Account of plague administration in the Bombay Presidency from September 1896 till May 1897
Year: 1896
Disease focus: Plague
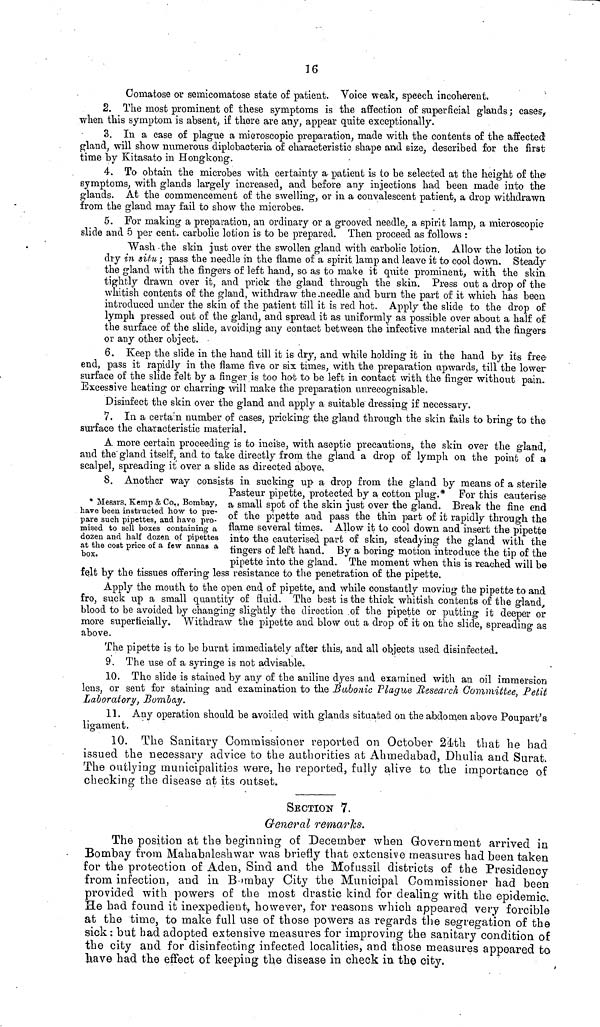
16
Comatose or semicomatose state of patient. Voice weak, speech, incoherent.
2. The most prominent of these symptoms is the affection of superficial glands ; cases
when this symptom is absent, if there are any, appear quite exceptionally.
3. In a case of plague a microscopic preparation, made with the contents of the- affectec
gland, will show numerous diplobacteria of characteristic shape and size, described for the firs
time by Kitasato in Hongkong.
4. To obtain the microbes with, certainty a patient is to be selected at the height of tin
symptoms, with glands largely increased, and before any injections had been made into th<
glands. At the commencement of the swelling, or in a convalescent patient, a drop withdraw]
from the gland may fail to show the microbes.
5. For making a preparation, an ordinary or a grooved needle, a spirit lamp, a microscopic
slide and 5 per cent, carbolic lotion is to be prepared. Then proceed as follows :
Wash -the skin just over the swollen gland with carbolic lotion. Allow the lotion t<
dry in situ ; pass the needle in the flame of a spirit lamp and leave it to cool down. Stead;
the gland with the fingers of left hand, so as to make it quite prominent, with the ski
tightly drawn over it, and prick the gland through the skin. Press out a drop of th
whitish contents of the gland, withdraw the .needle and burn the part of it which has bee)
introduced under the skin of the patient till it is red hot. Apply the slide to the drop o
lymph pressed out of the gland, and spread it as uniformly as possible over about a half o
the surface of the slide, avoiding any contact between the infective material and the finger
or any other object.
6. Keep the slide in the hand till it is dry, and while holding it in the hand by its fre
end, pass it rapidly in the flame five or six times, with the preparation upwards, till the lowe
surface of the slide felt by a finger is too hot to be left in contact with the finger without pair
Excessive heating or charring will make the preparation unrecognisable.
Disinfect the skin over the gland and apply a suitable dressing if necessary.
7. In a certain number of eases, pricking the gland through the skin fails to bring to th
surface the characteristic material.
A more certain proceeding is to incise, with aseptic precautions, the skin over the g-Iani
and the gland itself, and to take directly from the gland a drop of lymph on the point of
scalpel, spreading it over a slide as directed above.
* Messrs. Kemp & Co., Bombay,
have been instructed how to pre-
pare such pipettes, and have pro-
mised to sell boxes containing a
dozen and half dozen of pipettes
at the cost price of a few annas a
box·
8. Another way consists in sucking up a drop from the gland by means of a sterile
Pasteur pipette, protected by a cotton plug.* For this cauterise
a small spot of the skin just over the gland. Break the fine end
of the pipette and pass the thin part of it rapidly through the
flame several times. Allow it to cool down and insert the pipette
into the cauterised part of skin, steadying the gland with the
fingers of left hand. By a boring motion introduce the tip of the
pipette into the gland. The moment when this is reached will be
felt by the tissues offering less resistance to the penetration of the pipette.
Apply the mouth to the open end of pipette, and while constantly moving the pipette to and
fro, suck up a small quantity of fluid. The best is the thick whitish contents of the gland,
blood to be avoided by changing slightly the direction of the pipette or putting it deeper or
more superficially. Withdraw the pipette and blow out a drop of it on the slide, spreading as
above.
The pipette is to be burnt immediately after this, and all objects used disinfected.
9. The use of a syringe is not advisable.
10. The slide is stained by any of the aniline dyes ana examined with an oil immersion
lens, or sent for staining and examination to the Bubonic Plague ResearcJi Committee, Petit
Laboratory, Bombay.
11. Any operation should be avoided with glands situated on the abdomen above Poupart's
ligament.
10. The Sanitary Commissioner reported on October 24«th that he had
issued the necessary advice to the authorities at Ahmedabad, Dhulia and Surat.
The outlying municipalities were, he reported, fully alive to the importance of
checking the disease at its outset.
SECTION 7.
General remarks.
The position at the beginning of December when Government arrived in
Bombay from Mahabaleshwar was briefly that extensive measures bad been taken
for the protection of Aden, Sind and the Mofussil districts of the Presidency
from infection, and in Bombay City the Municipal Commissioner had been
provided with powers of the most drastic kind for dealing with the epidemic.
He bad found it inexpedient, however, for reasons which appeared very forcible
at the time, to make full use of those powers as regards the segregation of the
sick: but bad adopted extensive measures for improving the sanitary condition of
the city and for disinfecting infected localities, and those measures appeared to
liave had the effect of keeping the disease in check in the city.